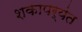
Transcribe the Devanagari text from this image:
शकापर्यंत